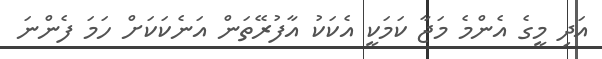
އަދި މީގެ އެންމެ މަޖާ ކަމަކީ އެކަކު އާފުރޭތަން އަނެކަކަށް ހަމަ ފެންނަ